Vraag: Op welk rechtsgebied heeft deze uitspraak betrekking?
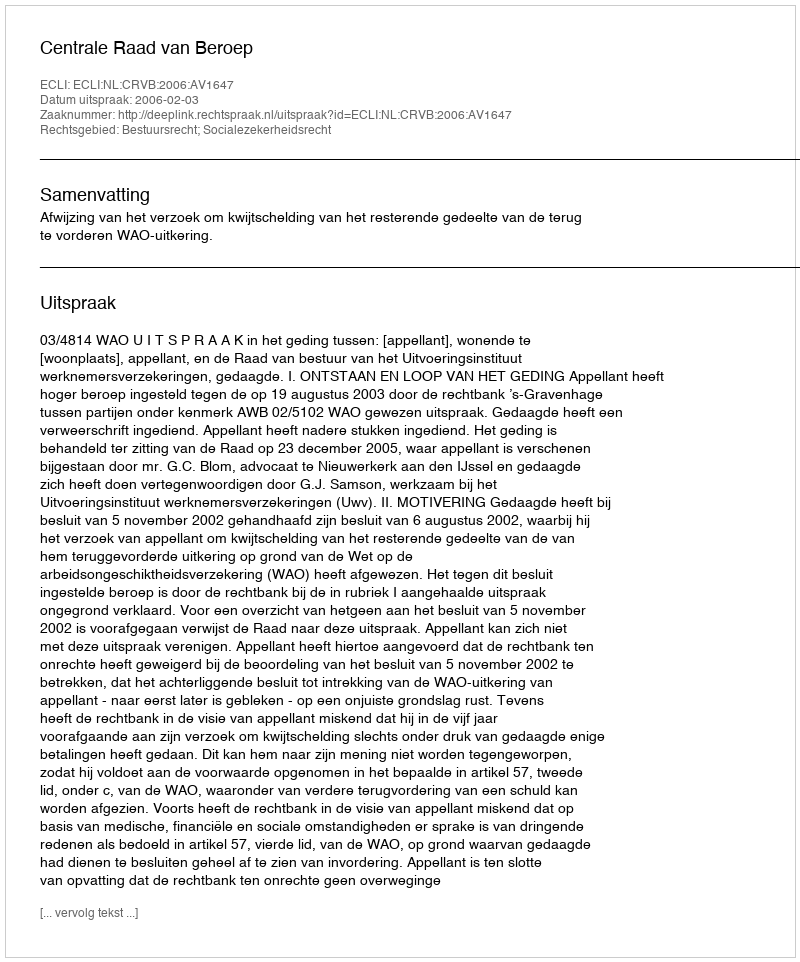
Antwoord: Bestuursrecht; Socialezekerheidsrecht